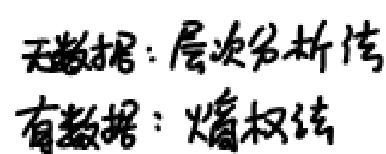
无数据：层次分析传
有数据：熵权法